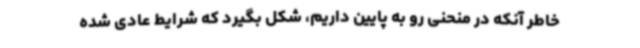
خاطر آنکه در منحنی رو به پایین داریم، شکل بگیرد که شرایط عادی شده